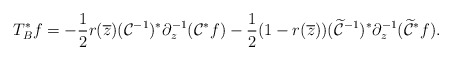
\begin{align*}T_{B}^*f=-\frac 12 r(\overline z) (\mathcal C^{-1})^*\partial^{-1}_{ z}(\mathcal C^*f)-\frac 12(1-r(\overline z)) (\widetilde {\mathcal C}^{-1})^*\partial^{-1}_{z} (\widetilde {\mathcal C}^*f).\end{align*}